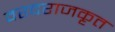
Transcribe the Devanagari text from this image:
वरदराजकृत